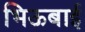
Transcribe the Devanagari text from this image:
भिऊबाई